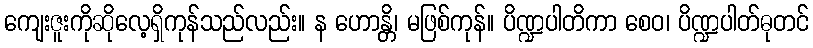
ကျေးဇူးကိုဆိုလေ့ရှိကုန်သည်လည်း။ န ဟောန္တိ၊ မဖြစ်ကုန်။ ပိဏ္ဍပါတိကာ စေဝ၊ ပိဏ္ဍပါတ်ဓုတင်